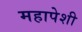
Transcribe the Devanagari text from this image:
महापेशी